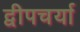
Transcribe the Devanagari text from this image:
द्वीपचर्या